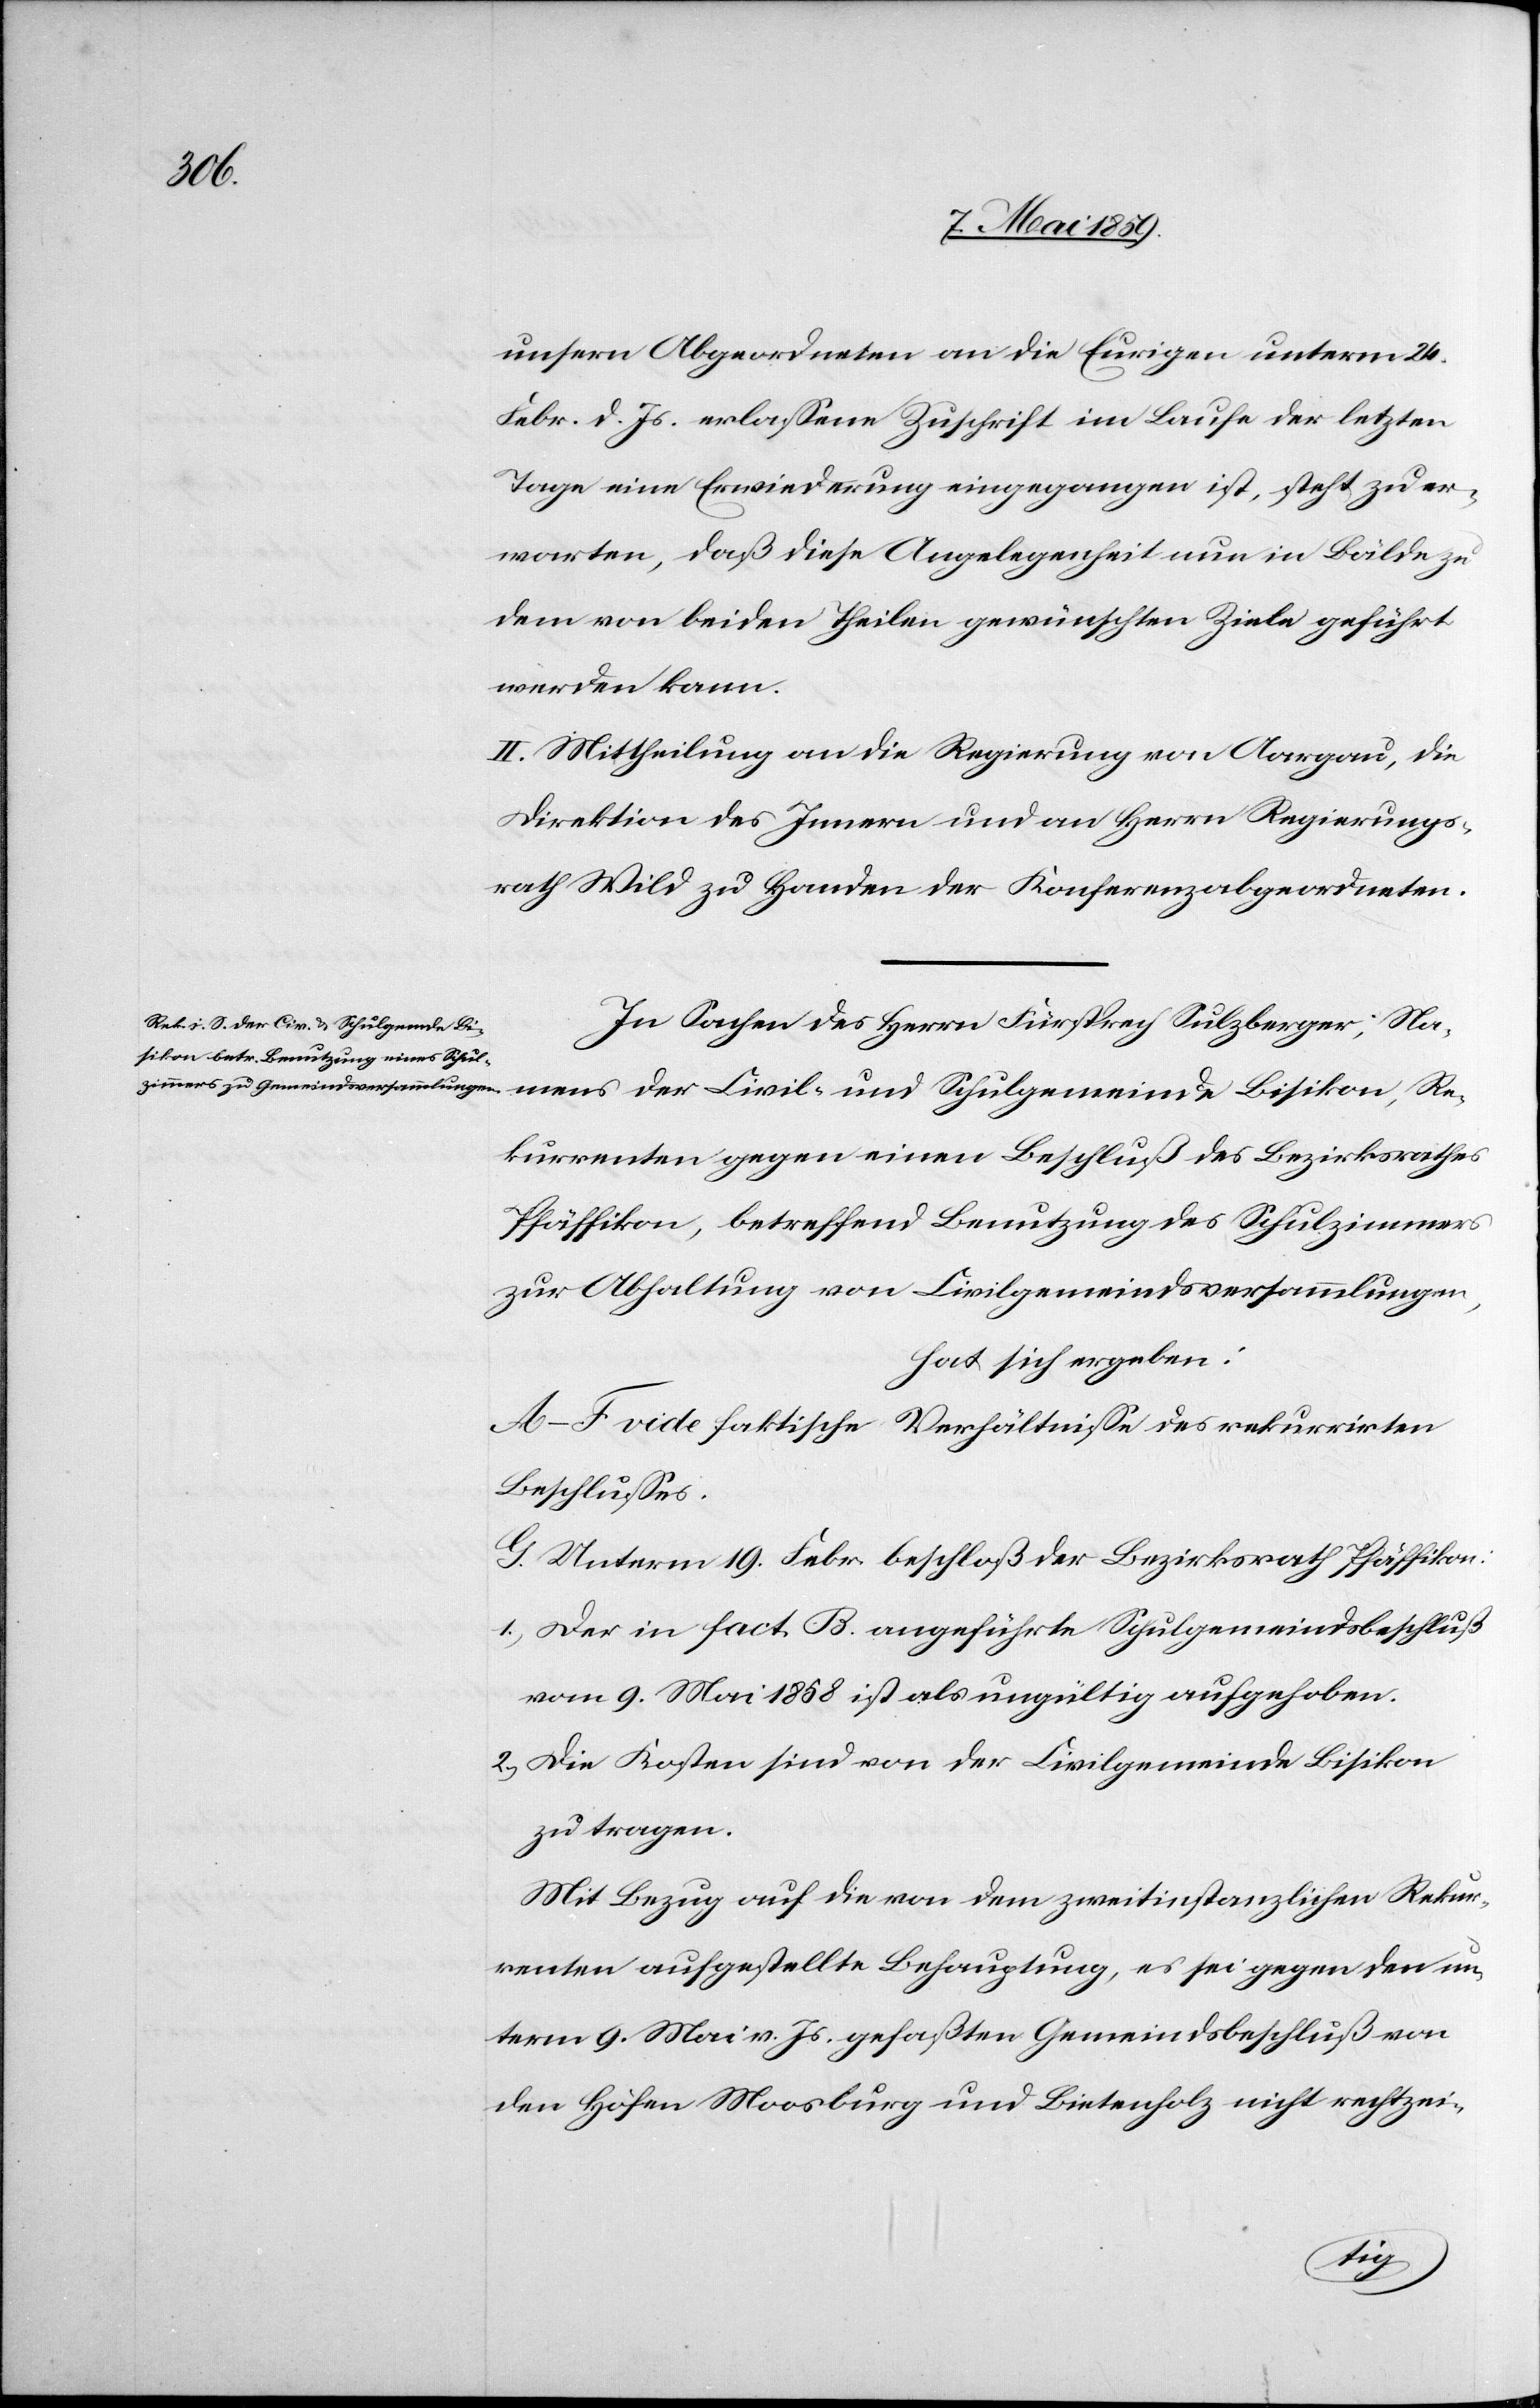
unsern Abgeordneten an die Eurigen unterm 24.
Febr. d. Js. erlaßene Zuschrift im Laufe der letzten
Tage eine Erwiederung eingegangen ist, steht zu er¬
warten, daß diese Angelegenheit nun in Bälde zu
dem von beiden Theilen gewünschten Ziele geführt
werden kann.
II. Mittheilung an die Regierung von Aargau, die
Direktion des Innern und an Herrn Regierungs¬
rath Wild zu Handen der Konferenzabgeordneten.
In Sachen des Herrn Fürsprech Sulzberger; Na¬
mens der Civil- und Schulgemeinde Bisikon, Re¬
kurrenten gegen einen Beschluß des Bezirksrathes
Pfäffikon, betreffend Benutzung des Schulzimmers
zur Abhaltung von Civilgemeindsversammlungen,
hat sich ergeben:
A‒F vide faktische Verhältniße des rekurrirten
Beschlußes.
G. Unterm 19. Febr. beschloß der Bezirksrath Pfäffikon:
1) Der in fact. B. angeführte Schulgemeindsbeschluß
vom 9. Mai 1858 ist als ungültig aufgehoben.
2) Die Kosten sind von der Civilgemeinde Bisikon
zu tragen.
Mit Bezug auf die von dem zweitinstanzlichen Rekur¬
renten aufgestellte Behauptung, es sei gegen den un¬
term 9. Mai v. Js. gefaßten Gemeindsbeschluß von
den Höfen Moosburg und Bietenholz nicht rechtzei-